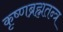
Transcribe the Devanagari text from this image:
कृष्णब्रह्मतन्त्र